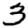
Digit: 3